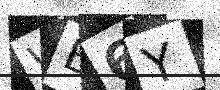
Text: WB6Y